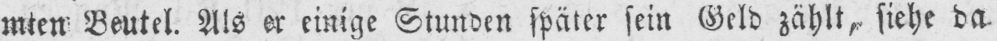
mten Beutel. Als er einige Stunden später sein Geld zählt, siehe da